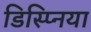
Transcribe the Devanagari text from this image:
डिस्प्निया